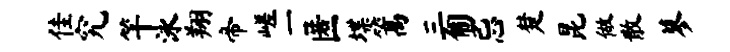
佳究竿泳翔帝嵯一匿堞篙三匍忌楚昆做散蓼